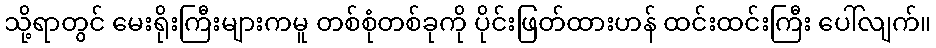
သို့ရာတွင် မေးရိုးကြီးများကမူ တစ်စုံတစ်ခုကို ပိုင်းဖြတ်ထားဟန် ထင်းထင်းကြီး ပေါ်လျက်။